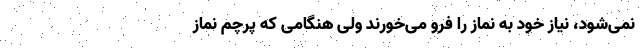
نمی‌شود، نیاز خود به نماز را فرو می‌خورند ولی هنگامی که پرچم نماز